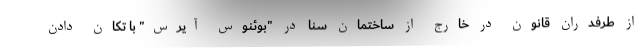
از طرفدران قانون در خارج از ساختمان سنا در "بوئنوس آیرس" با تکان دادن